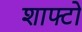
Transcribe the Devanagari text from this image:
शाफ्टो